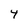
Character: 4